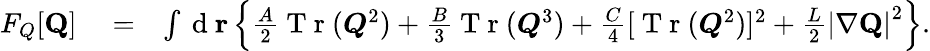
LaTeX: \begin{array}{rlr}{F_{Q}[{\mathbf Q}]}&{{}=}&{\int\mathrm{~d~}{\mathbf r}\left\{ \frac{A}{2}\mathrm{~T~r~}(\boldsymbol{Q}^{2})+\frac{B}{3}\mathrm{~T~r~}(\boldsymbol{Q}^{3})+\frac{C}{4}[\mathrm{~T~r~}(\boldsymbol{Q}^{2})]^{2}+\frac{L}{2}\left|\nabla{\mathbf Q}\right|^{2}\right\} .}\end{array}